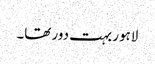
لاہور بہت دور تھا۔